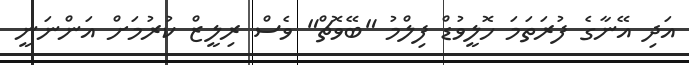
އަދި އޭނާގެ ފުރަތަމަ ހޮލީވުޑް ފިލްމު "ބޭވޮޗް" ވެސް ރިލީޒް ކުރުމަށް އަންނަނީ